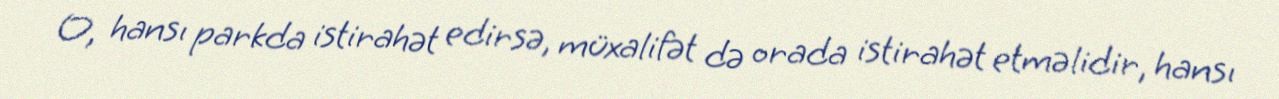
O, hansı parkda istirahət edirsə, müxalifət də orada istirahət etməlidir, hansı